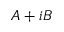
A + i B